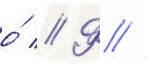
о́ // Ф //